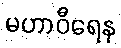
မဟာဝီရေန